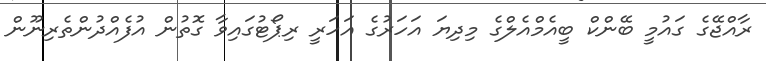
ރާއްޖޭގެ ގައުމީ ބޭންކް ބީއެމްއެލްގެ މިދިޔަ އަހަރުގެ އަހަރީ ރިޕޯޓުގައިވާ ގޮތުން އުފެއްދުންތެރިނޫން